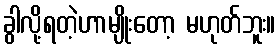
ခွါလို့ရတဲ့ဟာမျိုးတော့ မဟုတ်ဘူး။